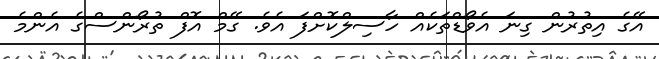
އޭގެ އިތުރުން ގިނަ އެވޯޑްތަކެއް ހާސިލްކޮށްފަ އެވެ. ގޭމް އޮފް ތުރޯންސްގެ އެންމެ